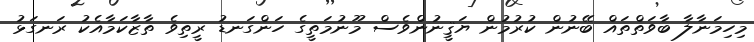
މިހިމަނާލާ ބާވަތްތައް ބޭނުން ކުރުމުން ޔަޤީނުންވެސް މޫނުމަތީގެ ހަންގަނޑު ރީތިވެ ތާޒާކަމާއެކު ރަނގަޅު